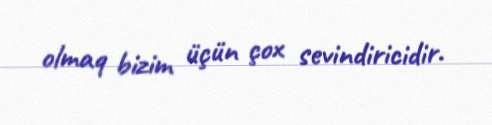
olmaq bizim üçün çox sevindiricidir.